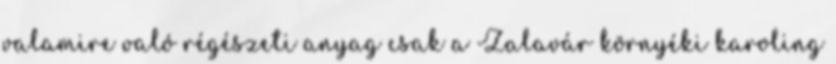
valamire való régészeti anyag csak a Zalavár környéki karoling